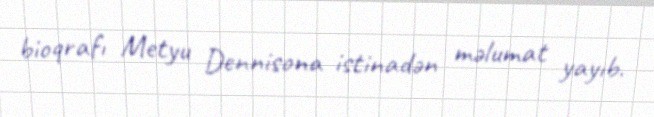
bioqrafı Metyu Dennisona istinadən məlumat yayıb.